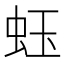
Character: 𧉣